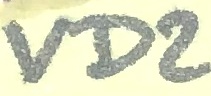
Text: VD2